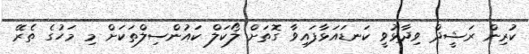
ކުރިން ރަޝީދް ވިދާޅުވީ ކަނޑައަޅާފައިވާ ގޮތަށް ލޯކަލް ކައުންސިލްތަކަށް މި މަހުގެ ތެރޭ